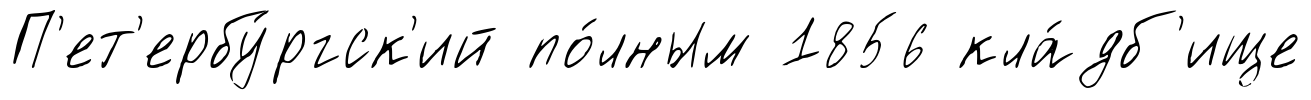
П'ет'ербу́ргск'ий по́лным 1856 кла́дб'ище